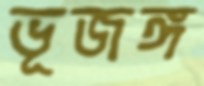
ভূজঙ্গ